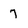
Character: 7